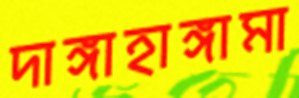
দাঙ্গাহাঙ্গামা